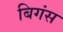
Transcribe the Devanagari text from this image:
बिगंस